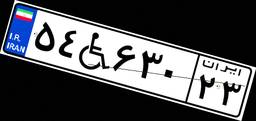
۵۴W۶۳۰۲۳